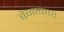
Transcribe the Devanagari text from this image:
बेनाकार